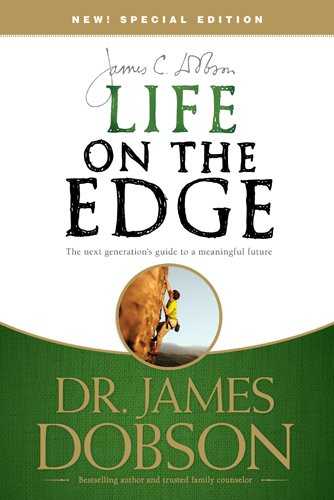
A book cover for Life on the Edge: The Next Generation's Guide to a Meaningful Future; James C. Dobson; Teen & Young Adult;